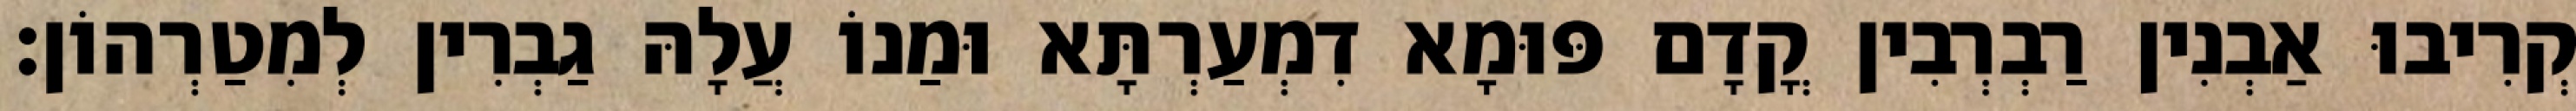
קְרִיבוּ אַבְנִין רַבְרְבִין קֳדָם פּוּמָא דִמְעַרְתָּא וּמַנוֹ עֲלָהּ גַבְרִין לְמִטַרְהוֹן׃